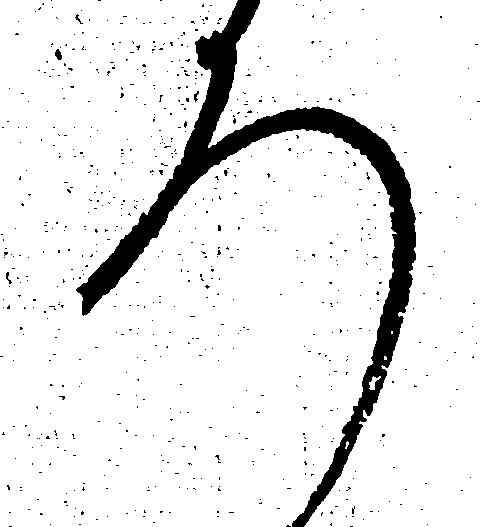
ろ